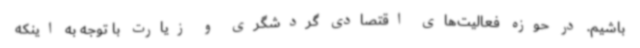
باشیم. در حوزه فعالیت‌های اقتصادی گردشگری و زیارت با توجه به اینکه